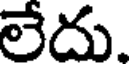
లేదు.